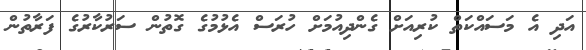
އަދި އެ މަސައްކަތް ކުރިއަށް ގެންދިއުމަށް ހުރަސް އެޅުމުގެ ގޮތުން ސަރުކާރުގެ ފަރާތުން